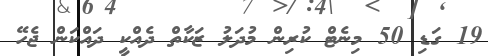
19 ގަޑި 50 މިނެޓް ކުރިން މުދަލު ޒަކާތް ދެއްކީ ދައްކަން ޖެހޭ